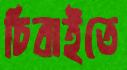
চিবাইতে